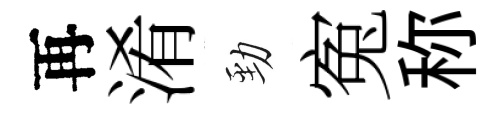
再淆勁寃称